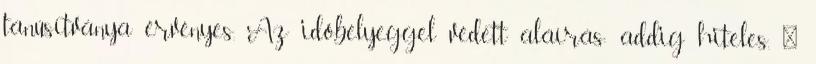
tanúsítványa érvényes. Az időbélyeggel védett aláírás: addig hiteles, 